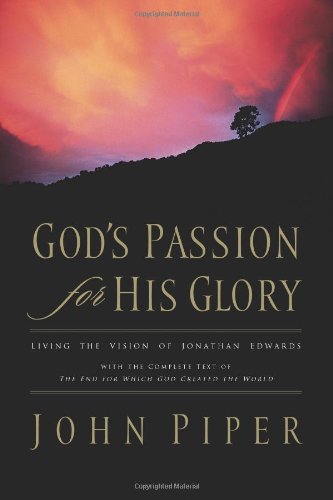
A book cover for God's Passion for His Glory: Living the Vision of Jonathan Edwards (With the Complete Text of The End for Which God Created the World); John Piper; Christian Books & Bibles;